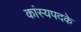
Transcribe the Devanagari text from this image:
कांस्यपदके